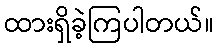
ထားရှိခဲ့ကြပါတယ်။